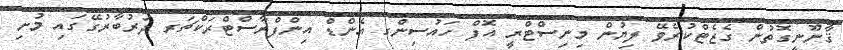
ޤާނޫނީގޮތުން ގެޒެޓްކުރެވޭ ލިޔުން މިނިސްޓްރީ އޮފް ހައުސިންގ އެންޑް އިންފްރާސްޓްރަކްޗަރ ދަރުބާރުގޭގައި މުށި